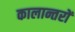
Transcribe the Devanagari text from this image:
कालान्तरों